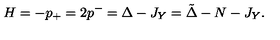
H = - p _ { + } = 2 p ^ { - } = \Delta - J _ { Y } = { \tilde { \Delta } } - N - J _ { Y } .